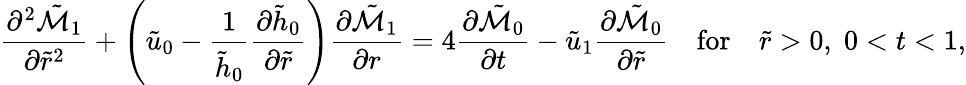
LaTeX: \frac{\partial^{2}\tilde{\mathcal{M}}_{1}}{\partial\tilde{r}^{2}}+\left(\tilde{u}_{0}-\frac{1}{\tilde{h}_{0}}\frac{\partial\tilde{h}_{0}}{\partial\tilde{r}}\right)\frac{\partial\tilde{\mathcal{M}}_{1}}{\partial r}=4\frac{\partial\tilde{\mathcal{M}}_{0}}{\partial t}-\tilde{u}_{1}\frac{\partial\tilde{\mathcal{M}}_{0}}{\partial\tilde{r}}\quad\mathrm{for}\quad\tilde{r}>0,\; 0<t<1,